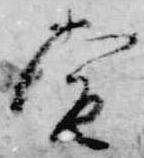
当